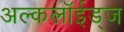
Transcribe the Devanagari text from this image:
अल्कलॉईड्‌ज